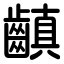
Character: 齻